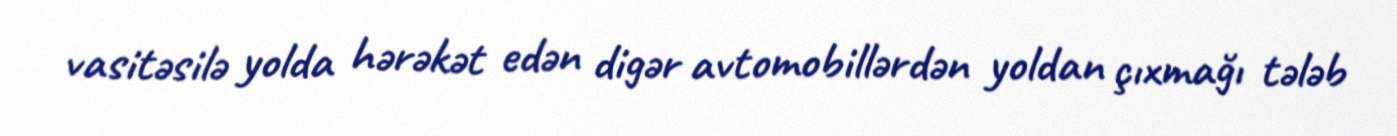
vasitəsilə yolda hərəkət edən digər avtomobillərdən yoldan çıxmağı tələb